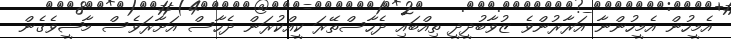
އެމީހުން އެމީހުންނާ އަރާރުންވެ ޒުވާބުދީދީ ތިއްބައި ދެހާސްތޭރަ ކީއްކުރަން ދެހާސް އަށާރަވެސް މާޟީވެގެން